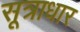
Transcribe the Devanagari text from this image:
सूत्राधार